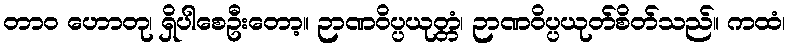
တာဝ ဟောတု၊ ရှိပါစေဦးတော့။ ဉာဏဝိပ္ပယုတ္တံ၊ ဉာဏဝိပ္ပယုတ်စိတ်သည်။ ကထံ၊